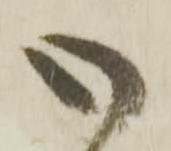
御